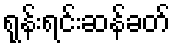
ရုန်းရင်းဆန်ခတ်